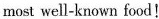
most well-known food!